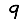
Digit: 9